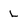
Character: L